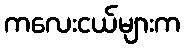
ကလေးငယ်များက